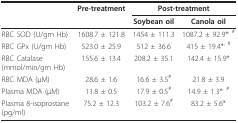
|  | Pre-treatment | <COLSPAN=2> Post-treatment |
 |  |  | Soybean oil | Canola oil |
 | --- | --- | --- | --- |
 | RBC SOD (U/gm Hb) | 1608.7 ± 121.8 | 1454 ± 111.3 | 1087.2 ± 92.9*, # |
 | RBC GPx (U/gm Hb) | 523.0 ± 25.9 | 512 ± 36.6 | 415 ± 19.4*, # |
 | RBC Catalase (mmol/min/gm Hb) | 155.6 ± 13.4 | 208.2 ± 35.1 | 142.4 ± 15.9* |
 | RBC MDA (μM) | 28.6 ± 1.6 | 16.6 ± 3.5# | 21.8 ± 3.9 |
 | Plasma MDA (μM) | 11.8 ± 0.5 | 17.9 ± 0.5# | 14.9 ± 1.3*, # |
 | Plasma 8-isoprostane (pg/ml) | 75.2 ± 12.3 | 103.2 ± 7.6# | 83.2 ± 5.6* |